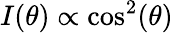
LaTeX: I(\theta)\propto\cos^{2}(\theta)